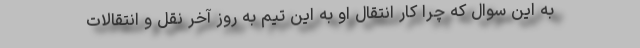
به این سوال که چرا کار انتقال او به این تیم به روز آخر نقل و انتقالات